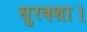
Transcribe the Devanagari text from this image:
सुरक्शा।